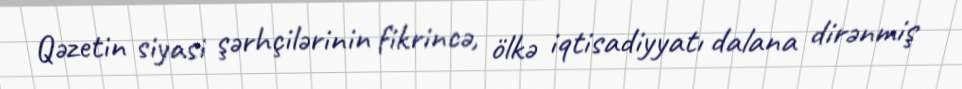
Qəzetin siyasi şərhçilərinin fikrincə, ölkə iqtisadiyyatı dalana dirənmiş